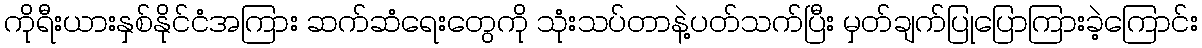
ကိုရီးယားနှစ်နိုင်ငံအကြား ဆက်ဆံရေးတွေကို သုံးသပ်တာနဲ့ပတ်သက်ပြီး မှတ်ချက်ပြုပြောကြားခဲ့ကြောင်း